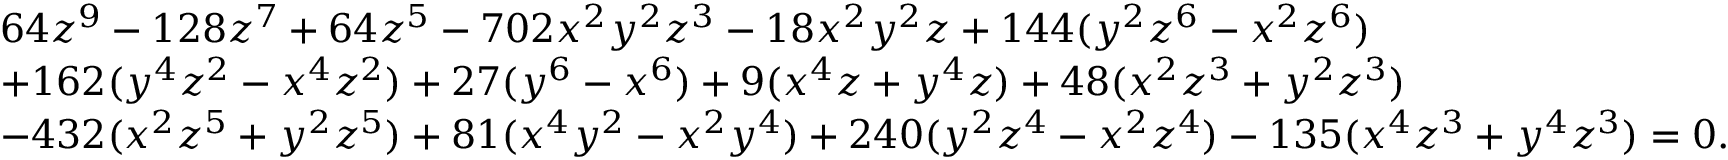
{ \begin{array} { r l } & { 6 4 z ^ { 9 } - 1 2 8 z ^ { 7 } + 6 4 z ^ { 5 } - 7 0 2 x ^ { 2 } y ^ { 2 } z ^ { 3 } - 1 8 x ^ { 2 } y ^ { 2 } z + 1 4 4 ( y ^ { 2 } z ^ { 6 } - x ^ { 2 } z ^ { 6 } ) } \\ & { + 1 6 2 ( y ^ { 4 } z ^ { 2 } - x ^ { 4 } z ^ { 2 } ) + 2 7 ( y ^ { 6 } - x ^ { 6 } ) + 9 ( x ^ { 4 } z + y ^ { 4 } z ) + 4 8 ( x ^ { 2 } z ^ { 3 } + y ^ { 2 } z ^ { 3 } ) } \\ & { - 4 3 2 ( x ^ { 2 } z ^ { 5 } + y ^ { 2 } z ^ { 5 } ) + 8 1 ( x ^ { 4 } y ^ { 2 } - x ^ { 2 } y ^ { 4 } ) + 2 4 0 ( y ^ { 2 } z ^ { 4 } - x ^ { 2 } z ^ { 4 } ) - 1 3 5 ( x ^ { 4 } z ^ { 3 } + y ^ { 4 } z ^ { 3 } ) = 0 . } \end{array} }